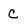
Character: c